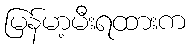
မြန်မာ့မီးရထားက